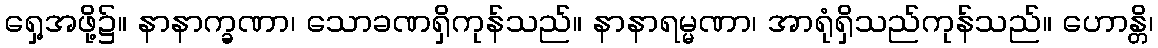
ရှေ့အဖို့၌။ နာနာက္ခဏာ၊ သောခဏရှိကုန်သည်။ နာနာရမ္မဏာ၊ အာရုံရှိသည်ကုန်သည်။ ဟောန္တိ၊